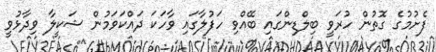
ފެށުމުގެ ގޮތުން ހުރަވީ ބިލްޑިންގައި ބޭއްވި ހަފުލާގައި ވާހަކަ ދައްކަވަމުން ޝަކީލާ ވިދާޅުވީ